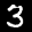
Label: 3